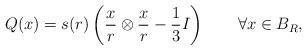
LaTeX: \begin{align*}Q(x)=s(r)\left(\frac x r \otimes \frac x r - \frac 13 I \right) \qquad\forall x\in B_R,\end{align*}